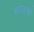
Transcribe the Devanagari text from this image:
मरज़ाको